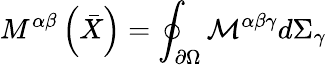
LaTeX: M^{\alpha\beta}\left({\bar{X}}\right)=\oint_{\partial\Omega}{\mathcal{M}}^{\alpha\beta\gamma}d\Sigma_{\gamma}